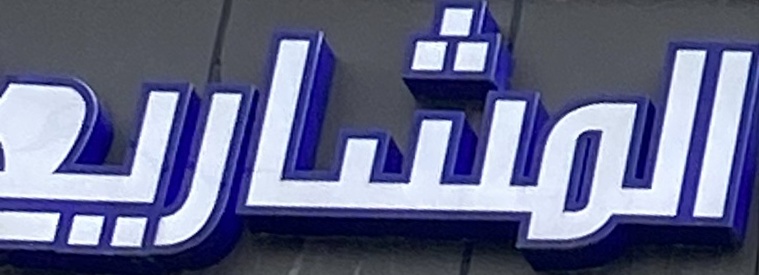
المشاریع